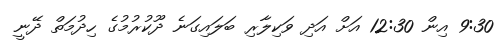
9:30 އިން 12:30 އަށް އަދި ވަކިލާރި ބަލައިގަނެ ދޫކުރުމުގެ ހިދުމަތް ދޭނީ